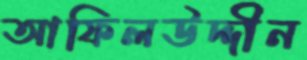
আফিলউদ্দীন